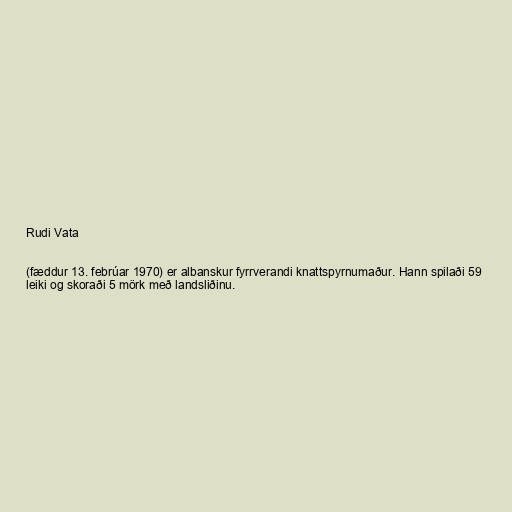
Rudi Vata

(fæddur 13. febrúar 1970) er albanskur fyrrverandi knattspyrnumaður. Hann spilaði 59
leiki og skoraði 5 mörk með landsliðinu.